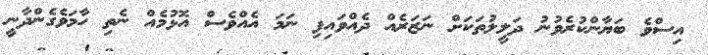
އިސްވެ ބަޔާންކުރެވުނު ދަލީލުތަކަށް ނަޒަރެއް ދެއްވައިފި ނަމަ އެއްވެސް އޮޅުމެއް ނެތި ހާމަވެގެންދާނީ